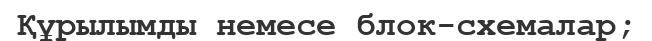
Құрылымды немесе блок-схемалар;